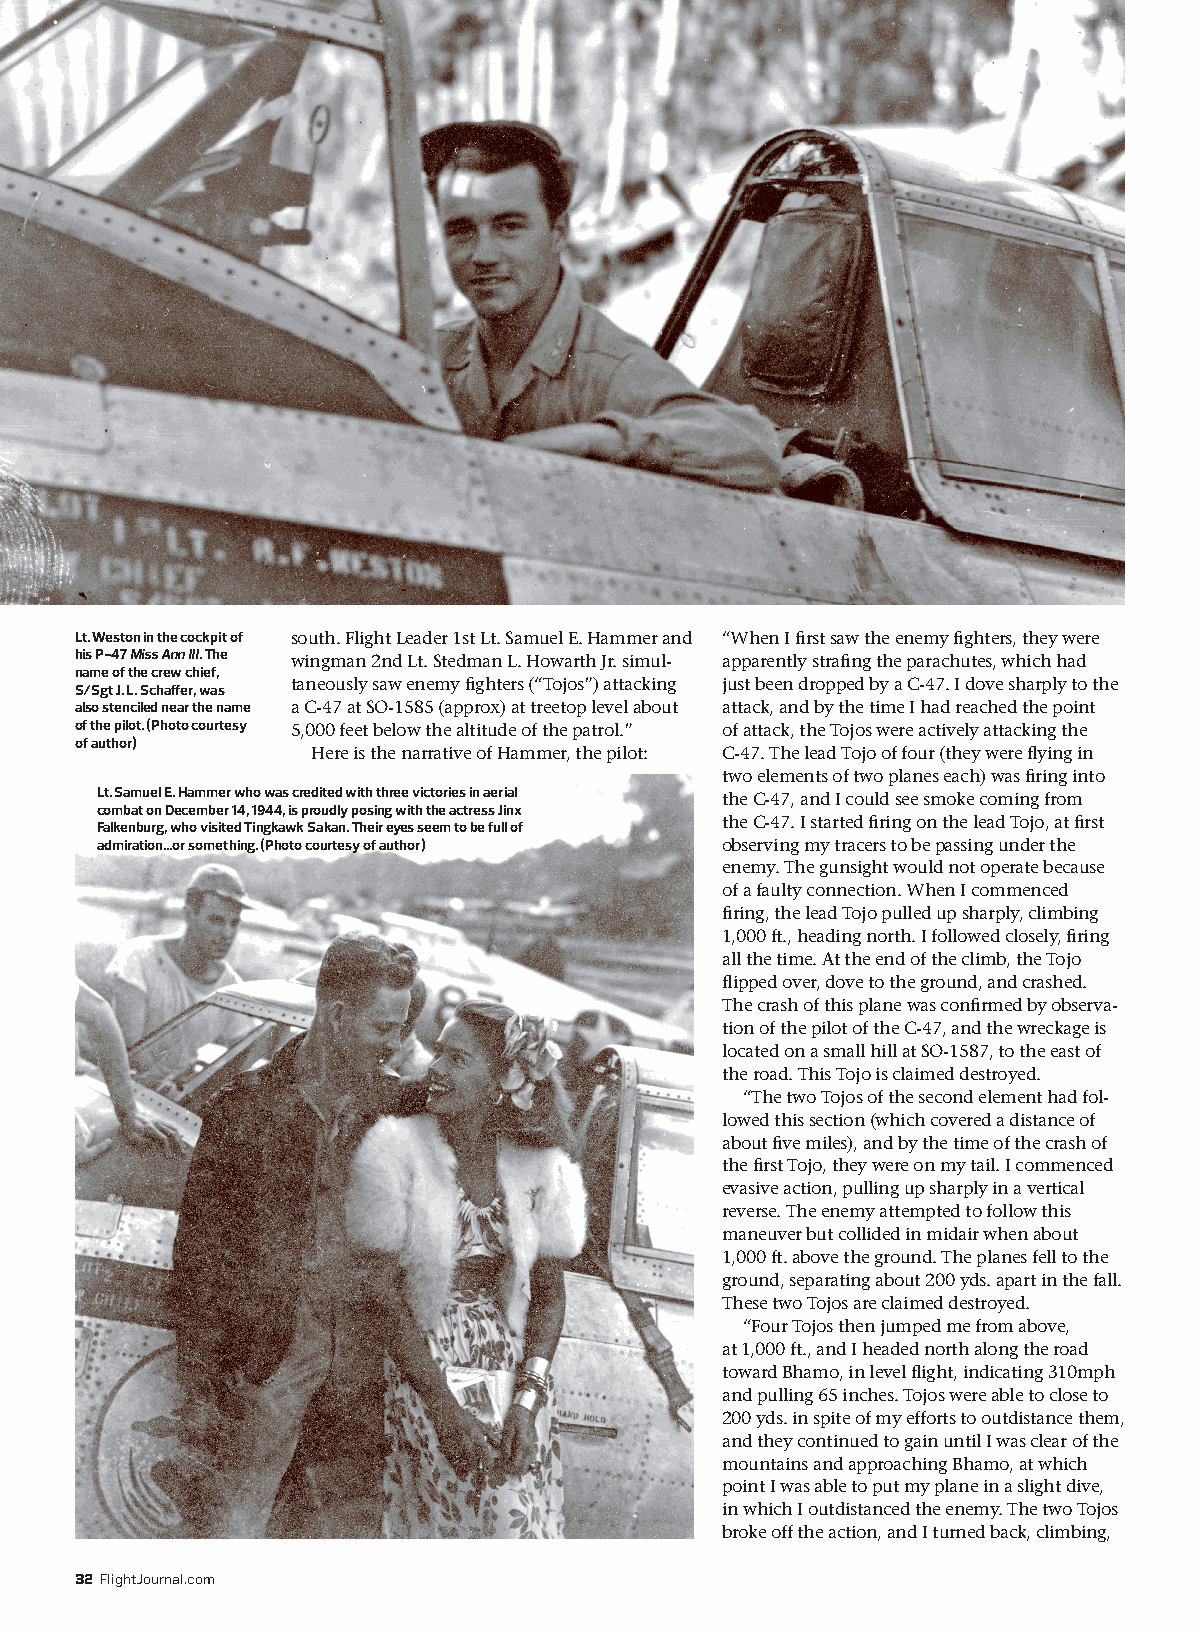
BURMA BANSHEES
 Lt. Weston in the cockpit of south. Flight Leader 1st Lt. Samuel E. Hammer and “When I first saw the enemy fighters, they were
 his P-47 Miss Ann III. The wingman 2nd Lt. Stedman L. Howarth Jr. simul- apparently strafing the parachutes, which had
 name of the crew chief,
 taneously saw enemy fighters (“Tojos”) attacking just been dropped by a C-47. I dove sharply to the
 S/Sgt J. L. Schaffer, was
 also stenciled near the name a C-47 at SO-1585 (approx) at treetop level about attack, and by the time I had reached the point
 of the pilot. (Photo courtesy 5,000 feet below the altitude of the patrol.” of attack, the Tojos were actively attacking the
 of author)
 Here is the narrative of Hammer, the pilot: C-47. The lead Tojo of four (they were flying in
 two elements of two planes each) was firing into
 Lt. Samuel E. Hammer who was credited with three victories in aerial the C-47, and I could see smoke coming from
 combat on December 14, 1944, is proudly posing with the actress Jinx
 the C-47. I started firing on the lead Tojo, at first
 Falkenburg, who visited Tingkawk Sakan. Their eyes seem to be full of
 admiration...or something. (Photo courtesy of author) observing my tracers to be passing under the
 enemy. The gunsight would not operate because
 of a faulty connection. When I commenced
 firing, the lead Tojo pulled up sharply, climbing
 1,000 ft., heading north. I followed closely, firing
 all the time. At the end of the climb, the Tojo
 flipped over, dove to the ground, and crashed.
 The crash of this plane was confirmed by observa-
 tion of the pilot of the C-47, and the wreckage is
 located on a small hill at SO-1587, to the east of
 the road. This Tojo is claimed destroyed.
 “The two Tojos of the second element had fol-
 lowed this section (which covered a distance of
 about five miles), and by the time of the crash of
 the first Tojo, they were on my tail. I commenced
 evasive action, pulling up sharply in a vertical
 reverse. The enemy attempted to follow this
 maneuver but collided in midair when about
 1,000 ft. above the ground. The planes fell to the
 ground, separating about 200 yds. apart in the fall.
 These two Tojos are claimed destroyed.
 “Four Tojos then jumped me from above,
 at 1,000 ft., and I headed north along the road
 toward Bhamo, in level flight, indicating 310mph
 and pulling 65 inches. Tojos were able to close to
 200 yds. in spite of my efforts to outdistance them,
 and they continued to gain until I was clear of the
 mountains and approaching Bhamo, at which
 point I was able to put my plane in a slight dive,
 in which I outdistanced the enemy. The two Tojos
 broke off the action, and I turned back, climbing,
 32 FlightJournal.com